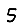
Digit: 5